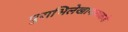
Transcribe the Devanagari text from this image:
पुराभिलेखागाराकडे